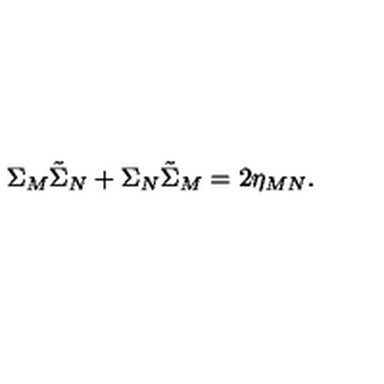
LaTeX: \Sigma _ { M } \tilde { \Sigma } _ { N } + \Sigma _ { N } \tilde { \Sigma } _ { M } = 2 \eta _ { M N } .